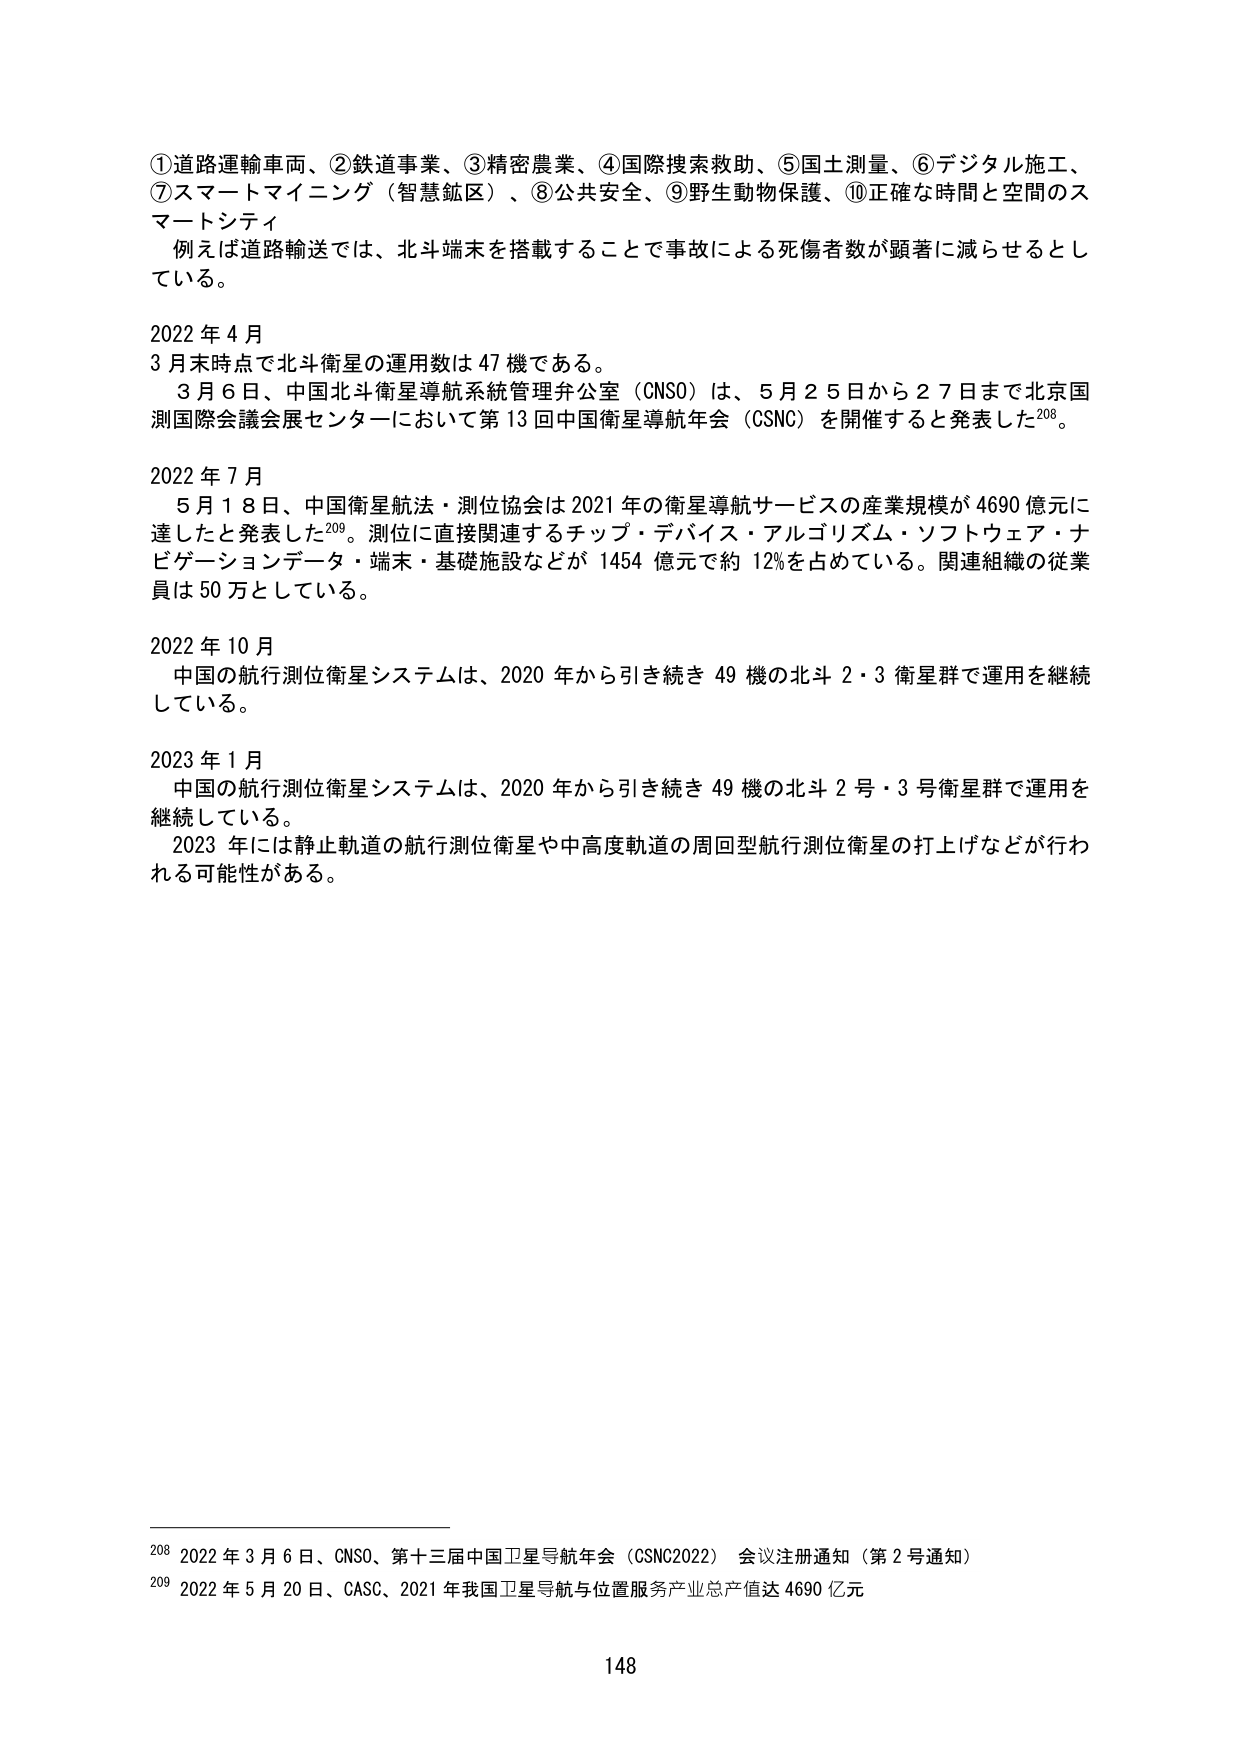
①道路運輸車両、②鉄道事業、③精密農業、④国際捜索救助、⑤国土測量、⑥デジタル施工、⑦スマートマイニング（智慧鉱区）、⑧公共安全、⑨野生動物保護、⑩正確な時間と空間のスマートシティ
例えば道路輸送では、北斗端末を搭載することで事故による死傷者数が顕著に減らせるとしている。

2022年4月
3月末時点で北斗衛星の運用数は47機である。
　3月6日、中国北斗衛星導航系統管理弁公室（CNSO）は、5月25日から27日まで北京国測国際会議会展センターにおいて第13回中国衛星導航年会（CSNC）を開催すると発表した208。

2022年7月
　5月18日、中国衛星航法・測位協会は2021年の衛星導航サービスの産業規模が4690億元に達したと発表した209。測位に直接関連するチップ・デバイス・アルゴリズム・ソフトウェア・ナビゲーションデータ・端末・基礎施設などが1454億元で約12％を占めている。関連組織の従業員は50万としている。

2022年10月
　中国の航行測位衛星システムは、2020年から引き続き49機の北斗2・3衛星群で運用を継続している。

2023年1月
　中国の航行測位衛星システムは、2020年から引き続き49機の北斗2号・3号衛星群で運用を継続している。
　2023年には静止軌道の航行測位衛星や中高度軌道の周回型航行測位衛星の打上げなどが行われる可能性がある。

208 2022年3月6日、CNSO、第十三届中国卫星导航年会（CSNC2022） 会议注册通知（第2号通知）
209 2022年5月20日、CASC、2021年我国卫星导航与位置服务产业总产值达4690亿元

148